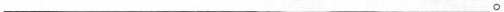
___。